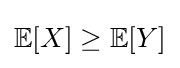
\mathbb {E} [X]\geq \mathbb {E} [Y]